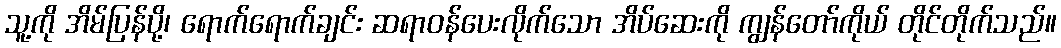
သူ့ကို အိမ်ပြန်ပို့၊ ရောက်ရောက်ချင်း ဆရာဝန်ပေးလိုက်သော အိပ်ဆေးကို ကျွန်တော်ကိုယ် တိုင်တိုက်သည်။